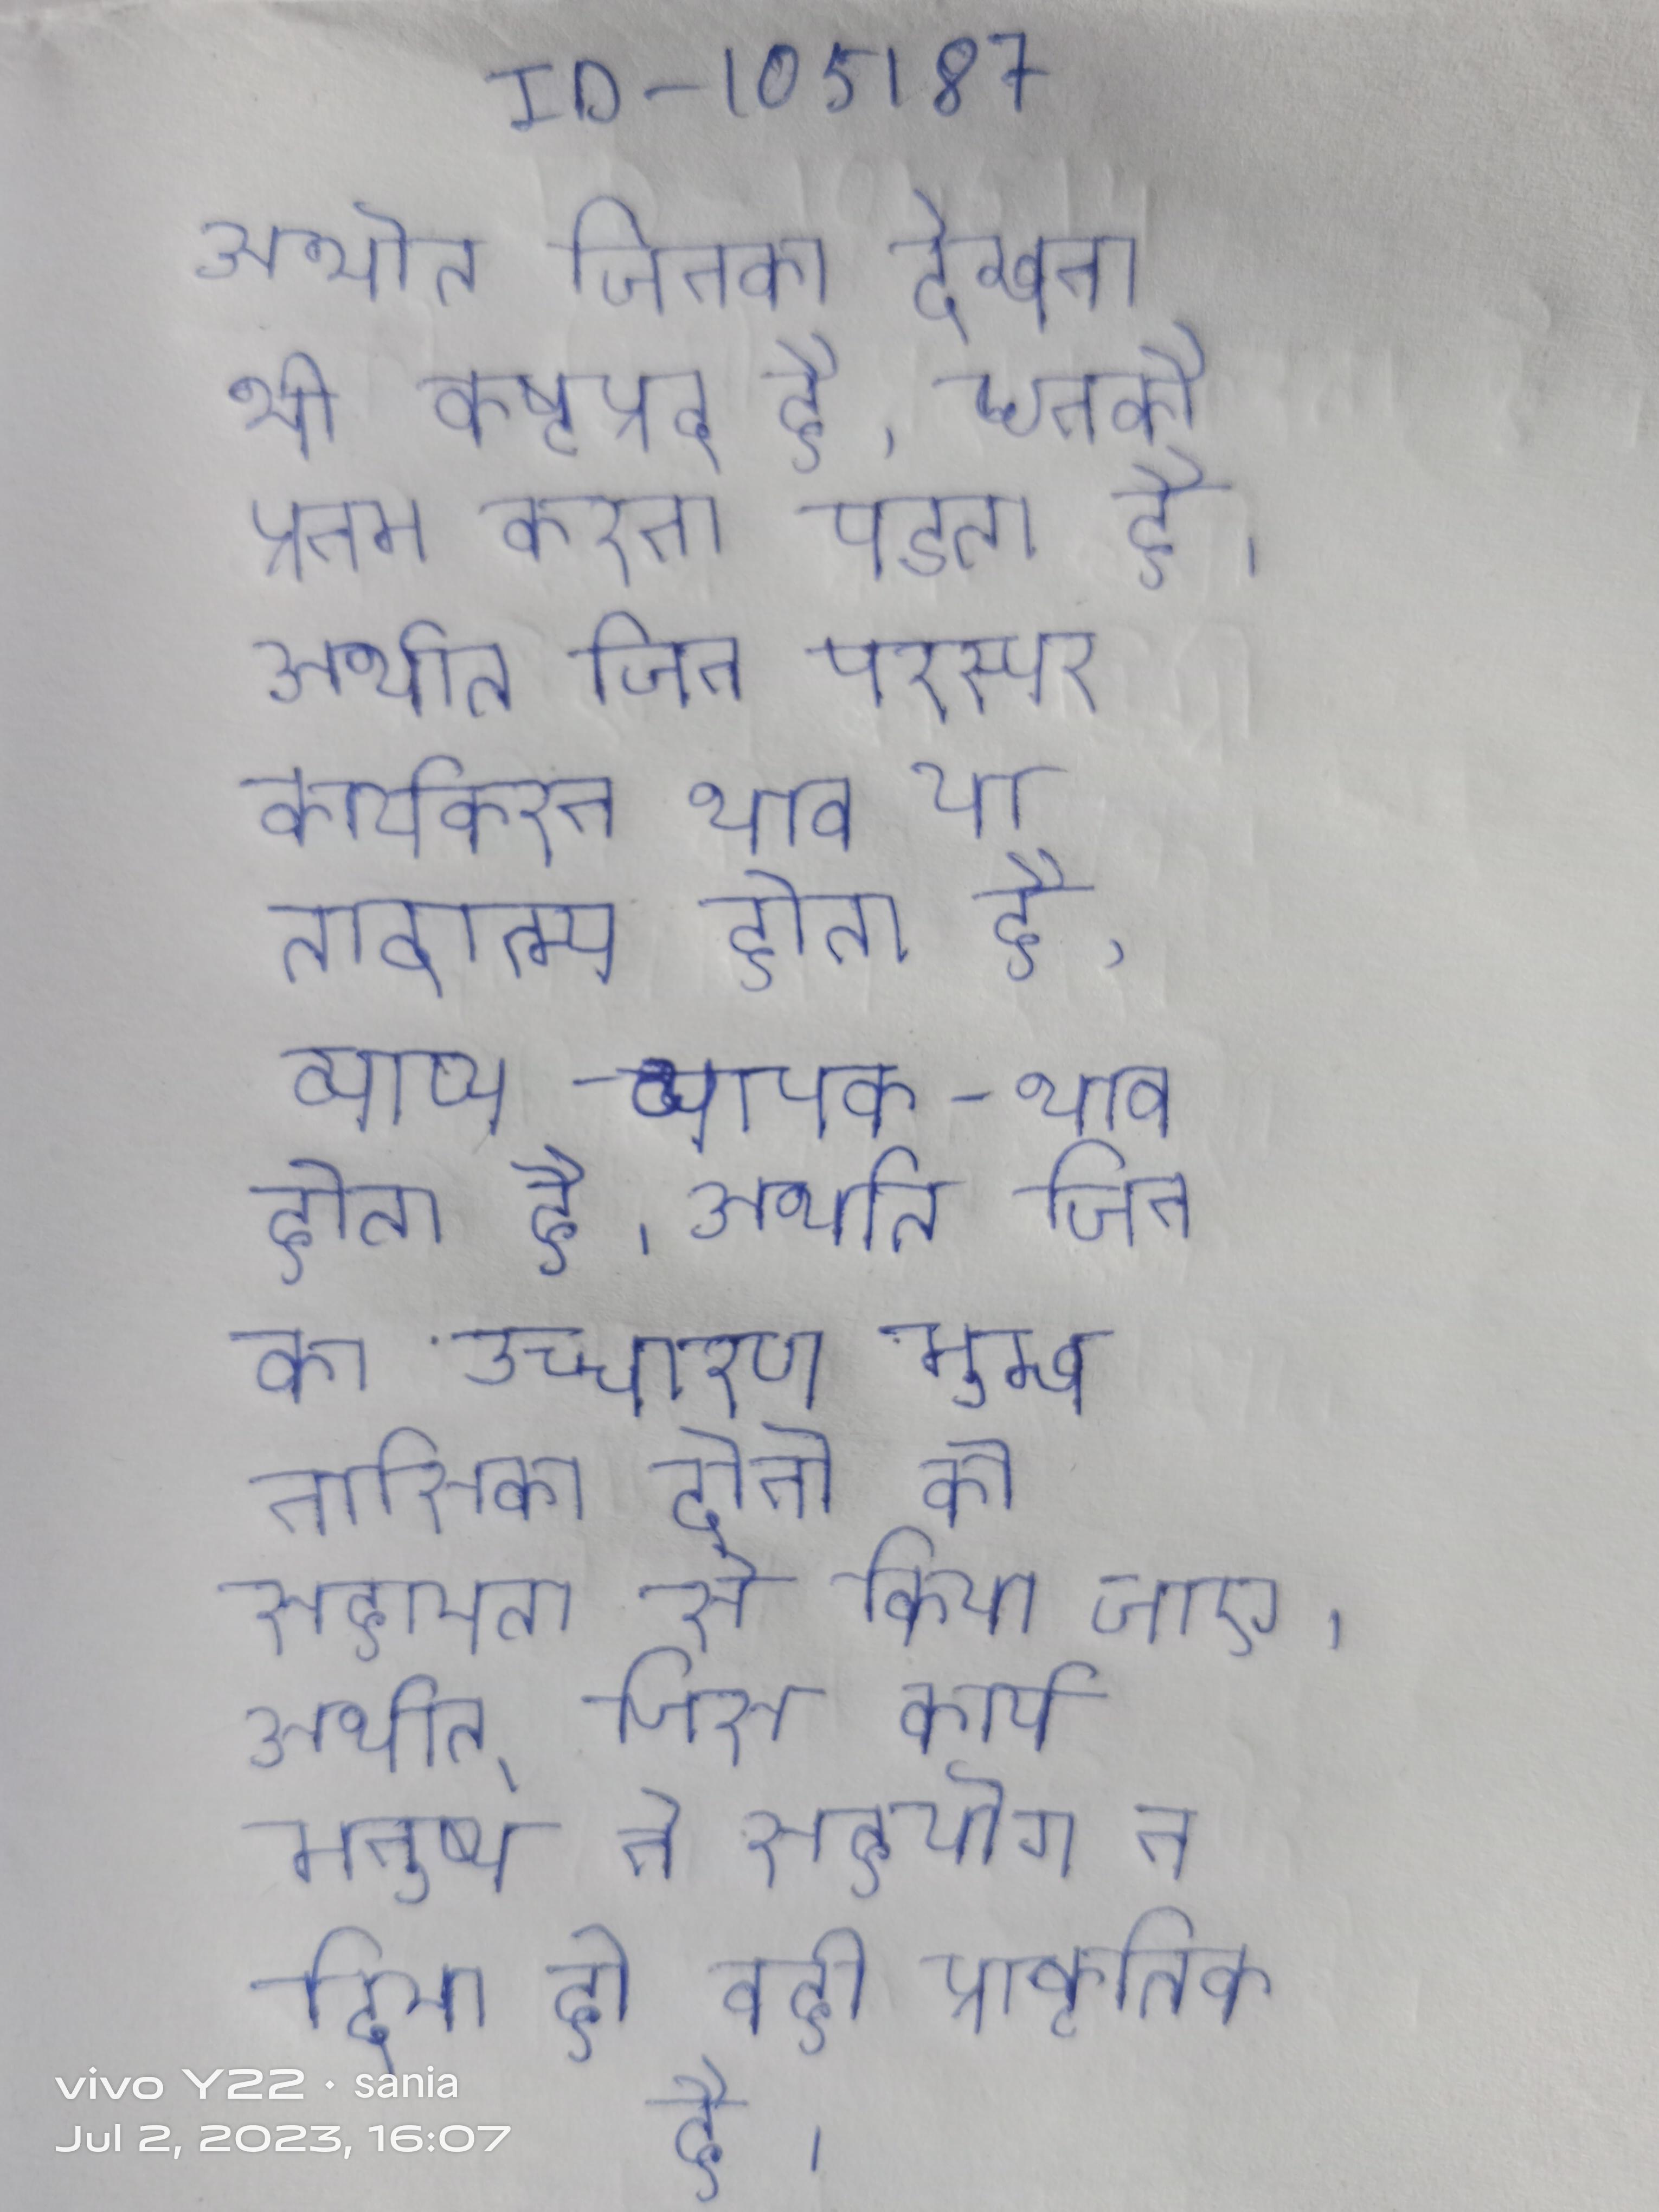
अर्थात्, जिनका देखना भी कष्टप्रद है, उनको प्रणम करना पडता है । अर्थात् जिन परस्पर कार्यकारण भाव या तादात्म्य होता है, व्याप्य-व्यापक-भाव होता है । अर्थात् जिन का उच्चारण मुख नासिका दोनो की सहायता से किया जाए । अर्थात् जिस कार्य मनुष्य ने सहयोग न दिया हो वही प्राकृतिक है ।